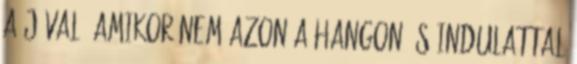
a jóval. Amikor nem azon a hangon és indulattal